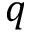
q